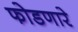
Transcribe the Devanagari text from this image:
फोडणारे